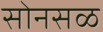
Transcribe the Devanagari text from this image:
सोनसळ